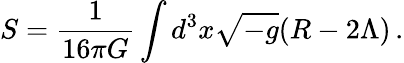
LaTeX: S=\frac{1}{16\pi G}\int d^{3}x\sqrt{-g}(R-2\Lambda)\, .